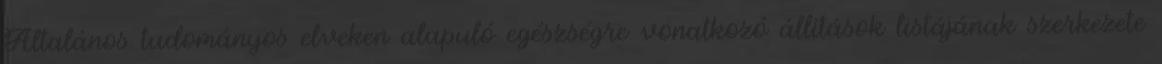
Általános tudományos elveken alapuló egészségre vonatkozó állítások listájának szerkezete